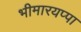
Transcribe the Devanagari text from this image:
भीमारयप्पा